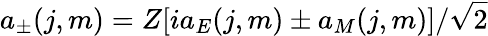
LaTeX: a_{\pm}(j,m)=Z[ia_{E}(j,m)\pm a_{M}(j,m)]/\sqrt{2}